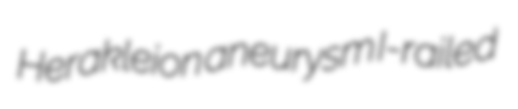
Herakleion aneurysm I-railed